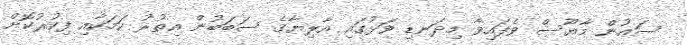
ސައުން މާޔޫސް ވެފައިވާ މިދަނޑި ވަޅުގައި އާލިޔާގެ ސަބަބުން އިތުރު ކަމަކާއި ފިކުރުކޮށް